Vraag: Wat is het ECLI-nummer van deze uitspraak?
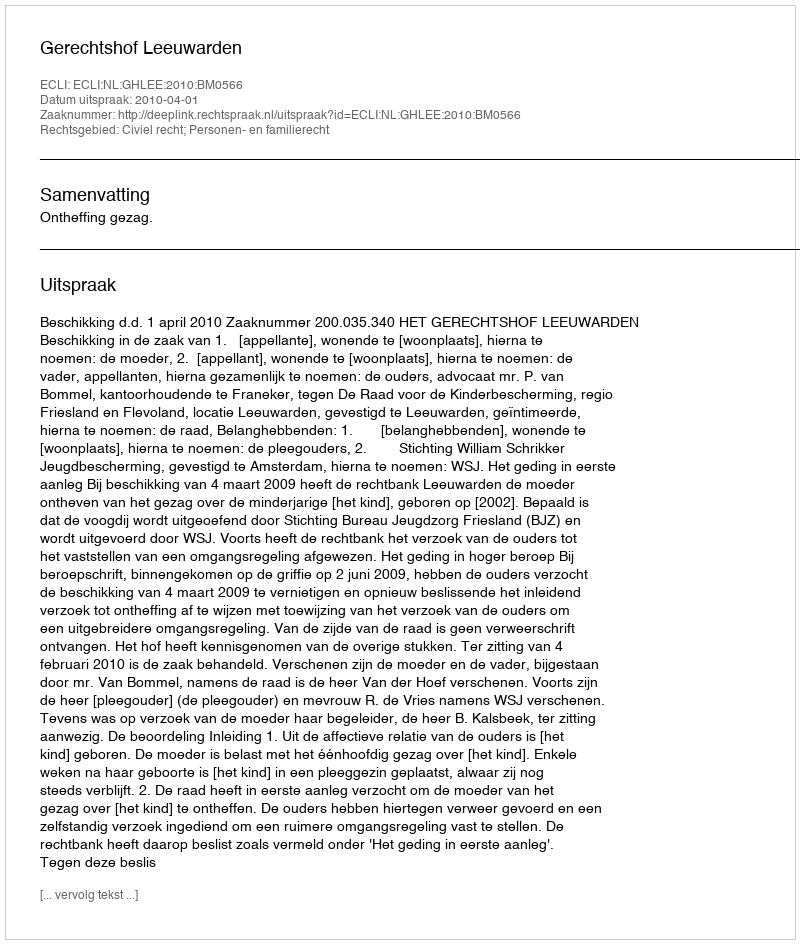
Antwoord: ECLI:NL:GHLEE:2010:BM0566